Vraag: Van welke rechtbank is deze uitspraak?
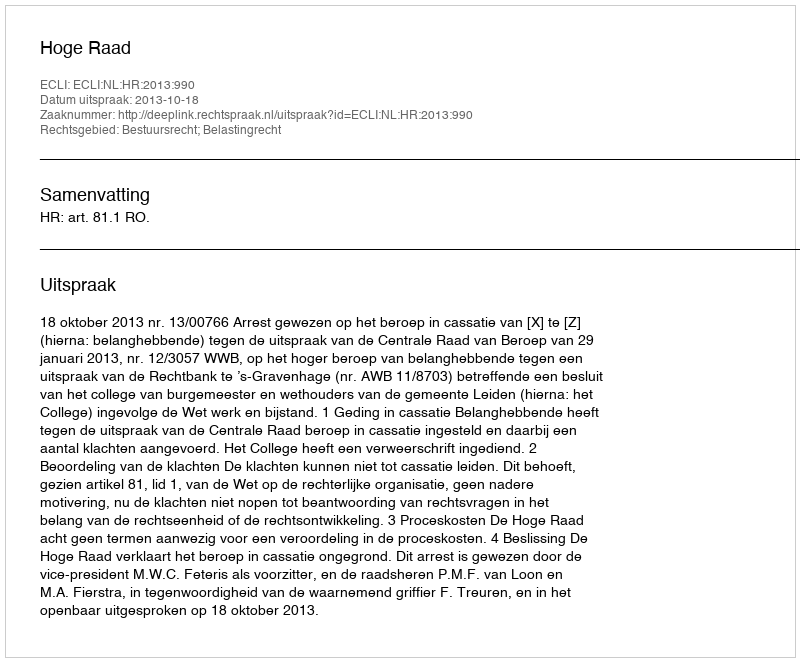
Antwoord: Hoge Raad